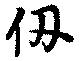
仞